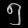
Digit: ၅